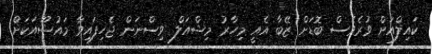
ކައިލްއަށް ވުރެވެސް ބޮޑަށް ޒޭބާ އެއީ މިހާރު މިޝްއަލް ވިސްނަން ޖެހިފައިވާ މައުޟޫއަކަށް